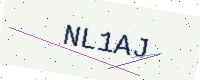
Text: NL1AJ